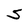
Character: S